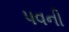
પવની